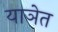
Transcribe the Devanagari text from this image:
याञेत